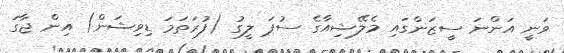
ވަނީ އަންނަ ސީޒަންގައި މެލޭޝިއާގެ ސުޕަ ލީގު (ފުރަތަމަ ޑިިވިޝަން) އިން ޖާގަ